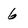
Character: 6